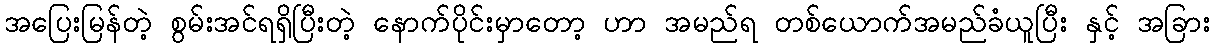
အပြေးမြန်တဲ့ စွမ်းအင်ရရှိပြီးတဲ့ နောက်ပိုင်းမှာတော့ ဟာ အမည်ရ တစ်ယောက်အမည်ခံယူပြီး နှင့် အခြား